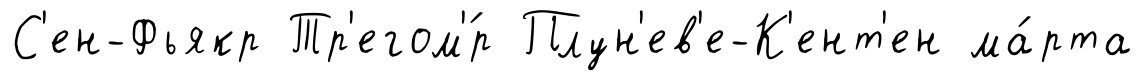
С'ен-Фьякр Тр'егом'́р Плун'ев'е-К'ент'ен ма́рта